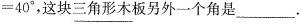
=40°，这块\underline{三角形木板另外一个角是}___.